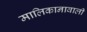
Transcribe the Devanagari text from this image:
मालिकानावाली